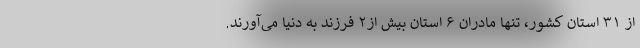
از ۳۱ استانِ کشور، تنها مادران ۶ استان بیش از۲ فرزند به دنیا می‌آورند.